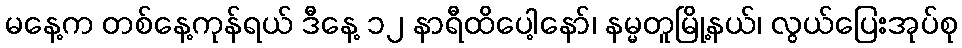
မနေ့က တစ်နေ့ကုန်ရယ် ဒီနေ့ ၁၂ နာရီထိပေါ့နော်၊ နမ္မတူမြို့နယ်၊ လွယ်ပြေးအုပ်စု